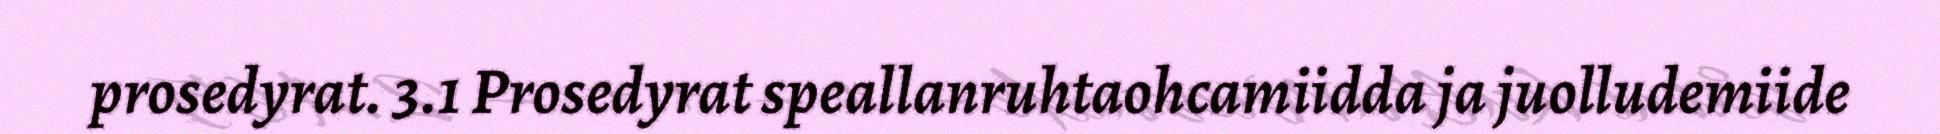
prosedyrat. 3.1 Prosedyrat speallanruhtaohcamiidda ja juolludemiide